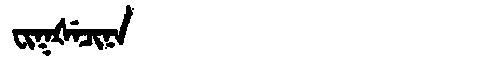
Manchu: ᠸᡳᡴᡧᡝᠴᡳᠨᠠ
Romanization: FIKŠECINA